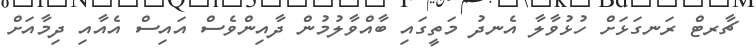
ޗާރޓް ރަނގަޅަށް ހުޅުވާލާ އެނދު މަތީގައި ބާއްވާލުމުން ދާއިންވެސް އައިސް އެއާއި ދިމާއަށް